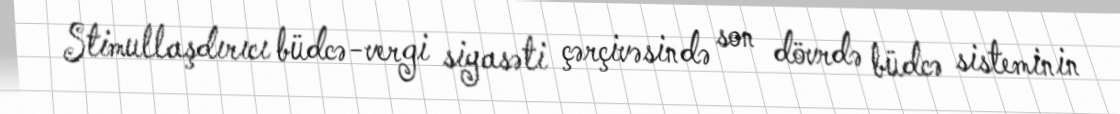
Stimullaşdırıcı büdcə-vergi siyasəti çərçivəsində son dövrdə büdcə sisteminin